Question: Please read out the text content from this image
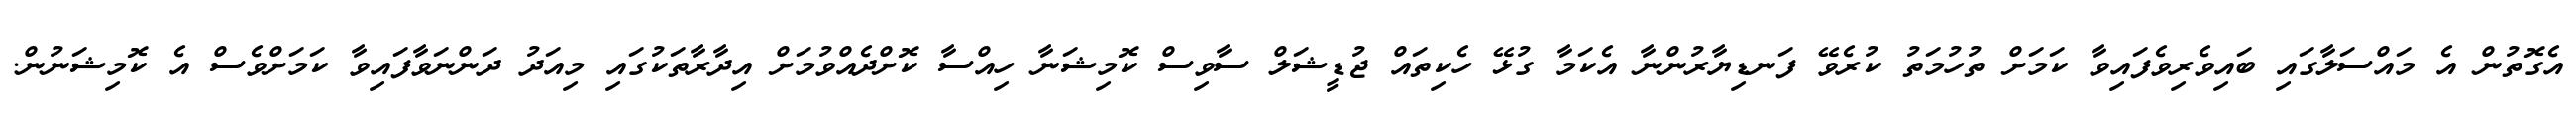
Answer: އެގޮތުން އެ މައްސަލާގައި ބައިވެރިވެފައިވާ ކަމަށް ތުހުމަތު ކުރެވޭ ފަނޑިޔާރުންނާ އެކަމާ ގުޅޭ ހެކިތައް ޖުޑީޝަލް ސާވިސް ކޮމިޝަނާ ހިއްސާ ކޮށްދެއްވުމަށް އިދާރާތަކުގައި މިއަދު ދަންނަވާފައިވާ ކަމަށްވެސް އެ ކޮމިޝަނުން.